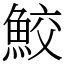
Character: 鮫